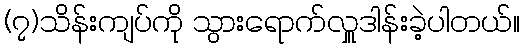
(၇)သိန်းကျပ်ကို သွားရောက်လှူဒါန်းခဲ့ပါတယ်။